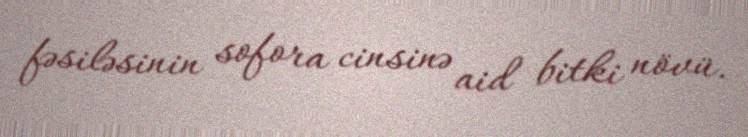
fəsiləsinin sofora cinsinə aid bitki növü.